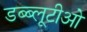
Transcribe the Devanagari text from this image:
डब्ब्लूटीओ